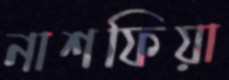
নাশফিয়া